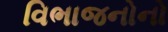
વિભાજનોનો